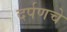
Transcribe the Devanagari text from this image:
दर्पणचे